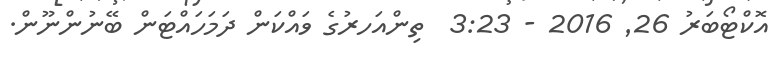
އޮކްޓޯބަރު 26